Vaccination in Bombay 1863-1868 - 1863-1868
Year: 1863
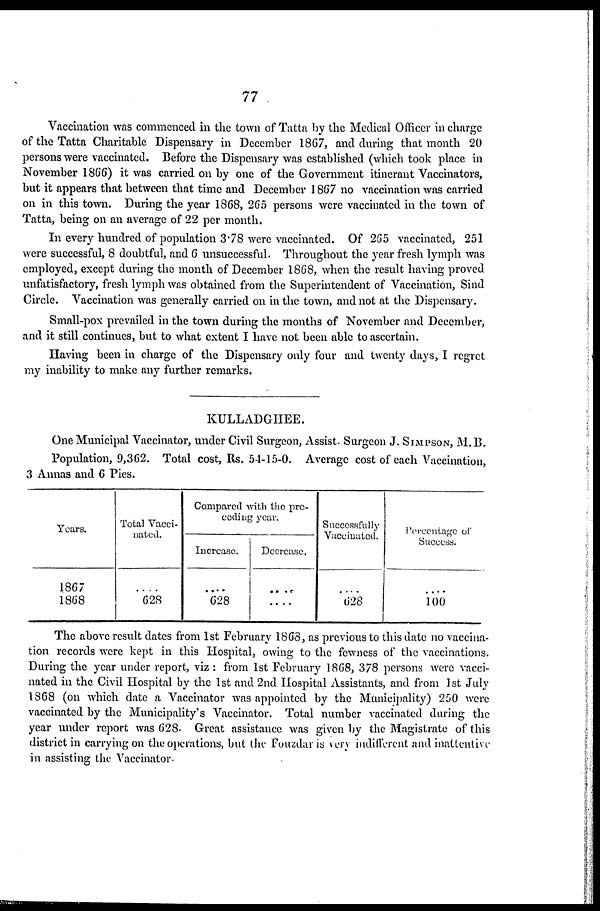
77
Vaccination was commenced in the town of Tatta by the Medical Officer in charge
of the Tatta Charitable Dispensary in December 1867, and during that month 20
persons were vaccinated. Before the Dispensary was established (which took place in
November 1866) it was carried on by one of the Government itinerant Vaccinators,
but it appears that between that time and December 1867 no vaccination was carried
on in this town. During the year 1868, 265 persons were vaccinated in the town of
Tatta, being on an average of 22 per month.
In every hundred of population 3.78 were vaccinated. Of 265 vaccinated, 251
were successful, 8 doubtful, and 6 unsuccessful. Throughout the year fresh lymph was
employed, except during the month of December 1868, when the result having proved
unfatisfactory, fresh lymph was obtained from the Superintendent of Vaccination, Sind
Circle. Vaccination was generally carried on in the town, and not at the Dispensary.
Small-pox prevailed in the town during the months of November and December,
and it still continues, but to what extent I have not been able to ascertain.
Having been in charge of the Dispensary only four and twenty days, I regret
my inability to make any further remarks.
KULLADGHEE.
One Municipal Vaccinator, under Civil Surgeon, Assist. Surgeon J. SIMPSON, M.B.
Population, 9,362. Total cost, Rs. 54-15-0. Average cost of each Vaccination,
3 Annas and 6 Pies.
Years.
1867
1868
Total Vacci-
nated.
....
628
Compared with the pre-
ceding year.
Increase.
....
628
Decrease.
....
....
Successfully
Vaccinated.
....
628
Percentage of
Success.
....
100
The above result dates from 1st February 1868, as previous to this date no vaccina-
tion records were kept in this Hospital, owing to the fewness of the vaccinations.
During the year under report, viz : from 1st February 1868, 378 persons were vacci-
nated in the Civil Hospital by the 1st and 2nd Hospital Assistants, and from 1st July
1868 (on which date a Vaccinator was appointed by the Municipality) 250 were
vaccinated by the Municipality's Vaccinator. Total number vaccinated during the
year under report was 628. Great assistance was given by the Magistrate of this
district in carrying on the operations, but the Fouzdar is very indifferent and inattentive
in assisting the Vaccinator.